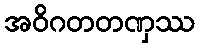
အဝိဂတတဏှဿ